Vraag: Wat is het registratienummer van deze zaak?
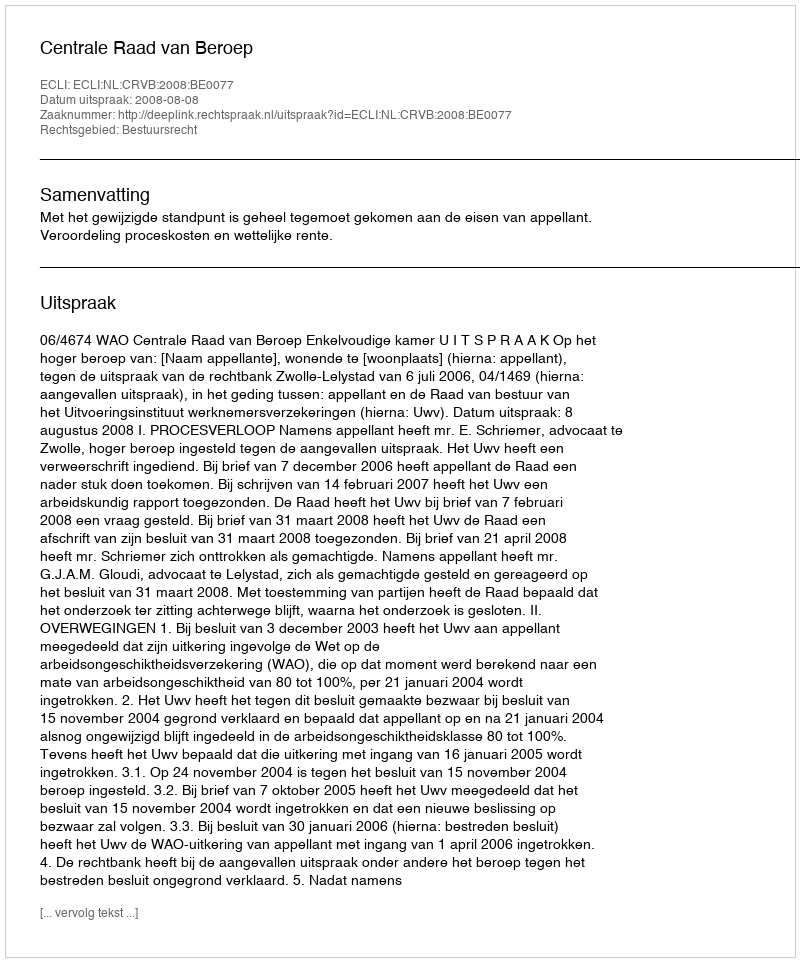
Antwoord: http://deeplink.rechtspraak.nl/uitspraak?id=ECLI:NL:CRVB:2008:BE0077